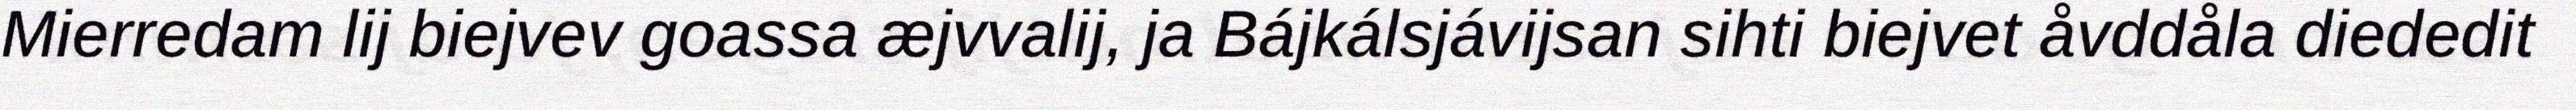
Mierredam lij biejvev goassa æjvvalij, ja Bájkálsjávijsan sihti biejvet åvddåla diededit